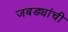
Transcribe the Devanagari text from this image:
जबड्यांची